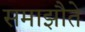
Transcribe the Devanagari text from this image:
समाझौते